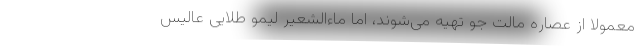
معمولاً از عصاره مالت جو تهیه می‌شوند، اما ماءالشعیر لیمو طلایی عالیس